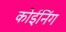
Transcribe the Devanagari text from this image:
कोईनिंग